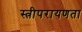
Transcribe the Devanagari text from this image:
स्त्रीपरायणता